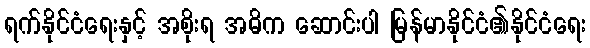
ရက်နိုင်ငံရေးနှင့် အစိုးရ အဓိက ဆောင်းပါ မြန်မာနိုင်ငံ၏နိုင်ငံရေး